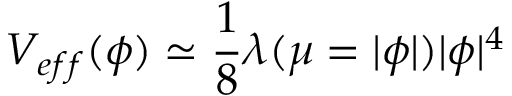
V _ { e f f } ( \phi ) \simeq \frac { 1 } { 8 } \lambda ( \mu = | \phi | ) | \phi | ^ { 4 }